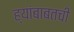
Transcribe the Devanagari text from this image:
ह्यांबाबतची